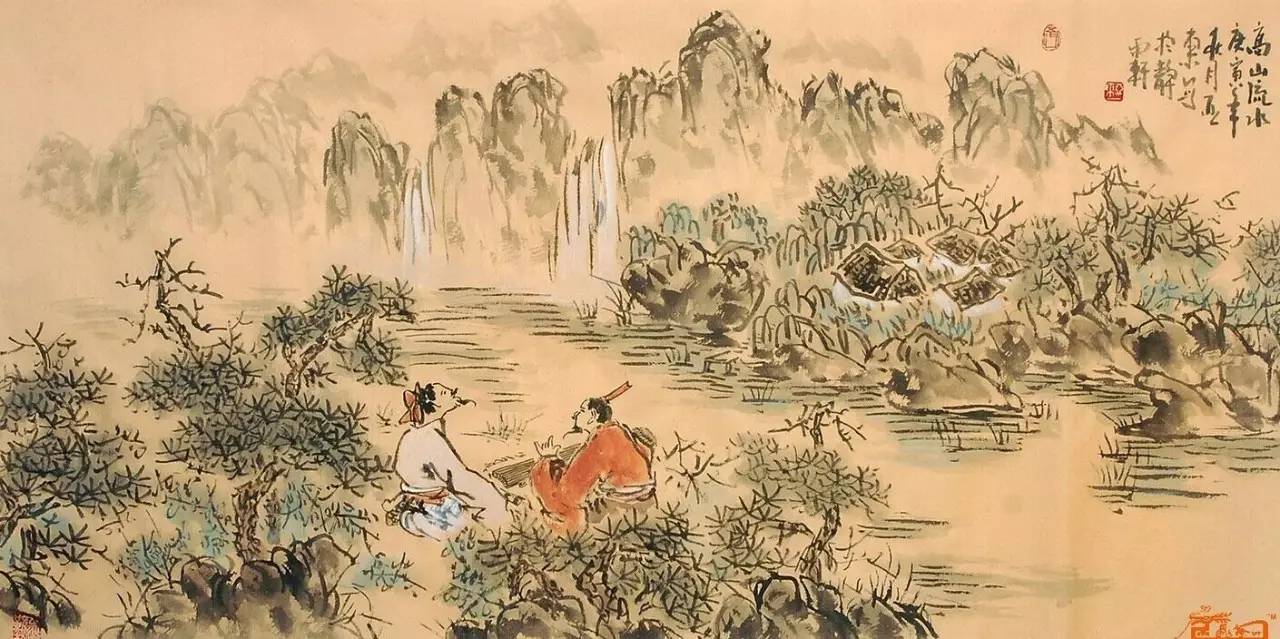
今天下之士君子，将犹多皆疑惑厚葬久丧之为中是非利害也。